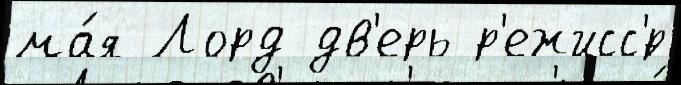
ма́я Лорд дв'ерь р'ежисс'́р